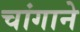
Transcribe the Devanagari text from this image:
चांगाने